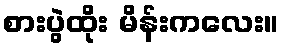
စားပွဲထိုး မိန်းကလေး။